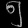
Digit: ၅